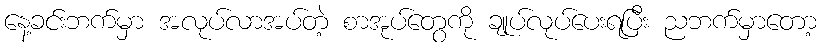
နေ့ခင်းဘက်မှာ အလုပ်လာအပ်တဲ့ စာအုပ်တွေကို ချုပ်လုပ်ပေးရပြီး ညဘက်မှာတော့